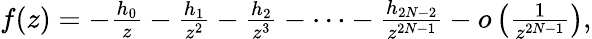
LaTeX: \begin{array}{r}{f(z)=-\frac{h_{0}}{z}-\frac{h_{1}}{z^{2}}-\frac{h_{2}}{z^{3}}-\cdots-\frac{h_{2N-2}}{z^{2N-1}}-o\left(\frac{1}{z^{2N-1}}\right),}\end{array}